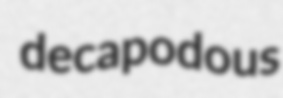
decapodous